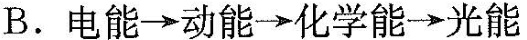
B. 电能\rightarrow 动能\rightarrow 化学能\rightarrow 光能